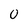
Character: 0